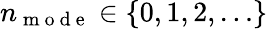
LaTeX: n_{\mathrm{~m~o~d~e~}}\in\{ 0,1,2,\ldots\}